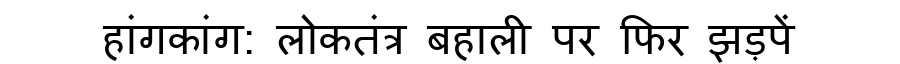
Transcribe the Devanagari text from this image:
हांगकांग: लोकतंत्र बहाली पर फिर झड़पें